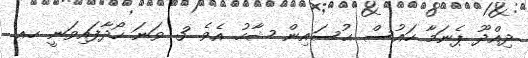
ދިއްދޫ ޕެނަމާ ހައުސް ޙުސައިން ޝާހު އެވެ. 3 ވަނަ ހޯދާފައިވަނީ ހއ.